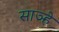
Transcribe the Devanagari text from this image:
साञ्हे